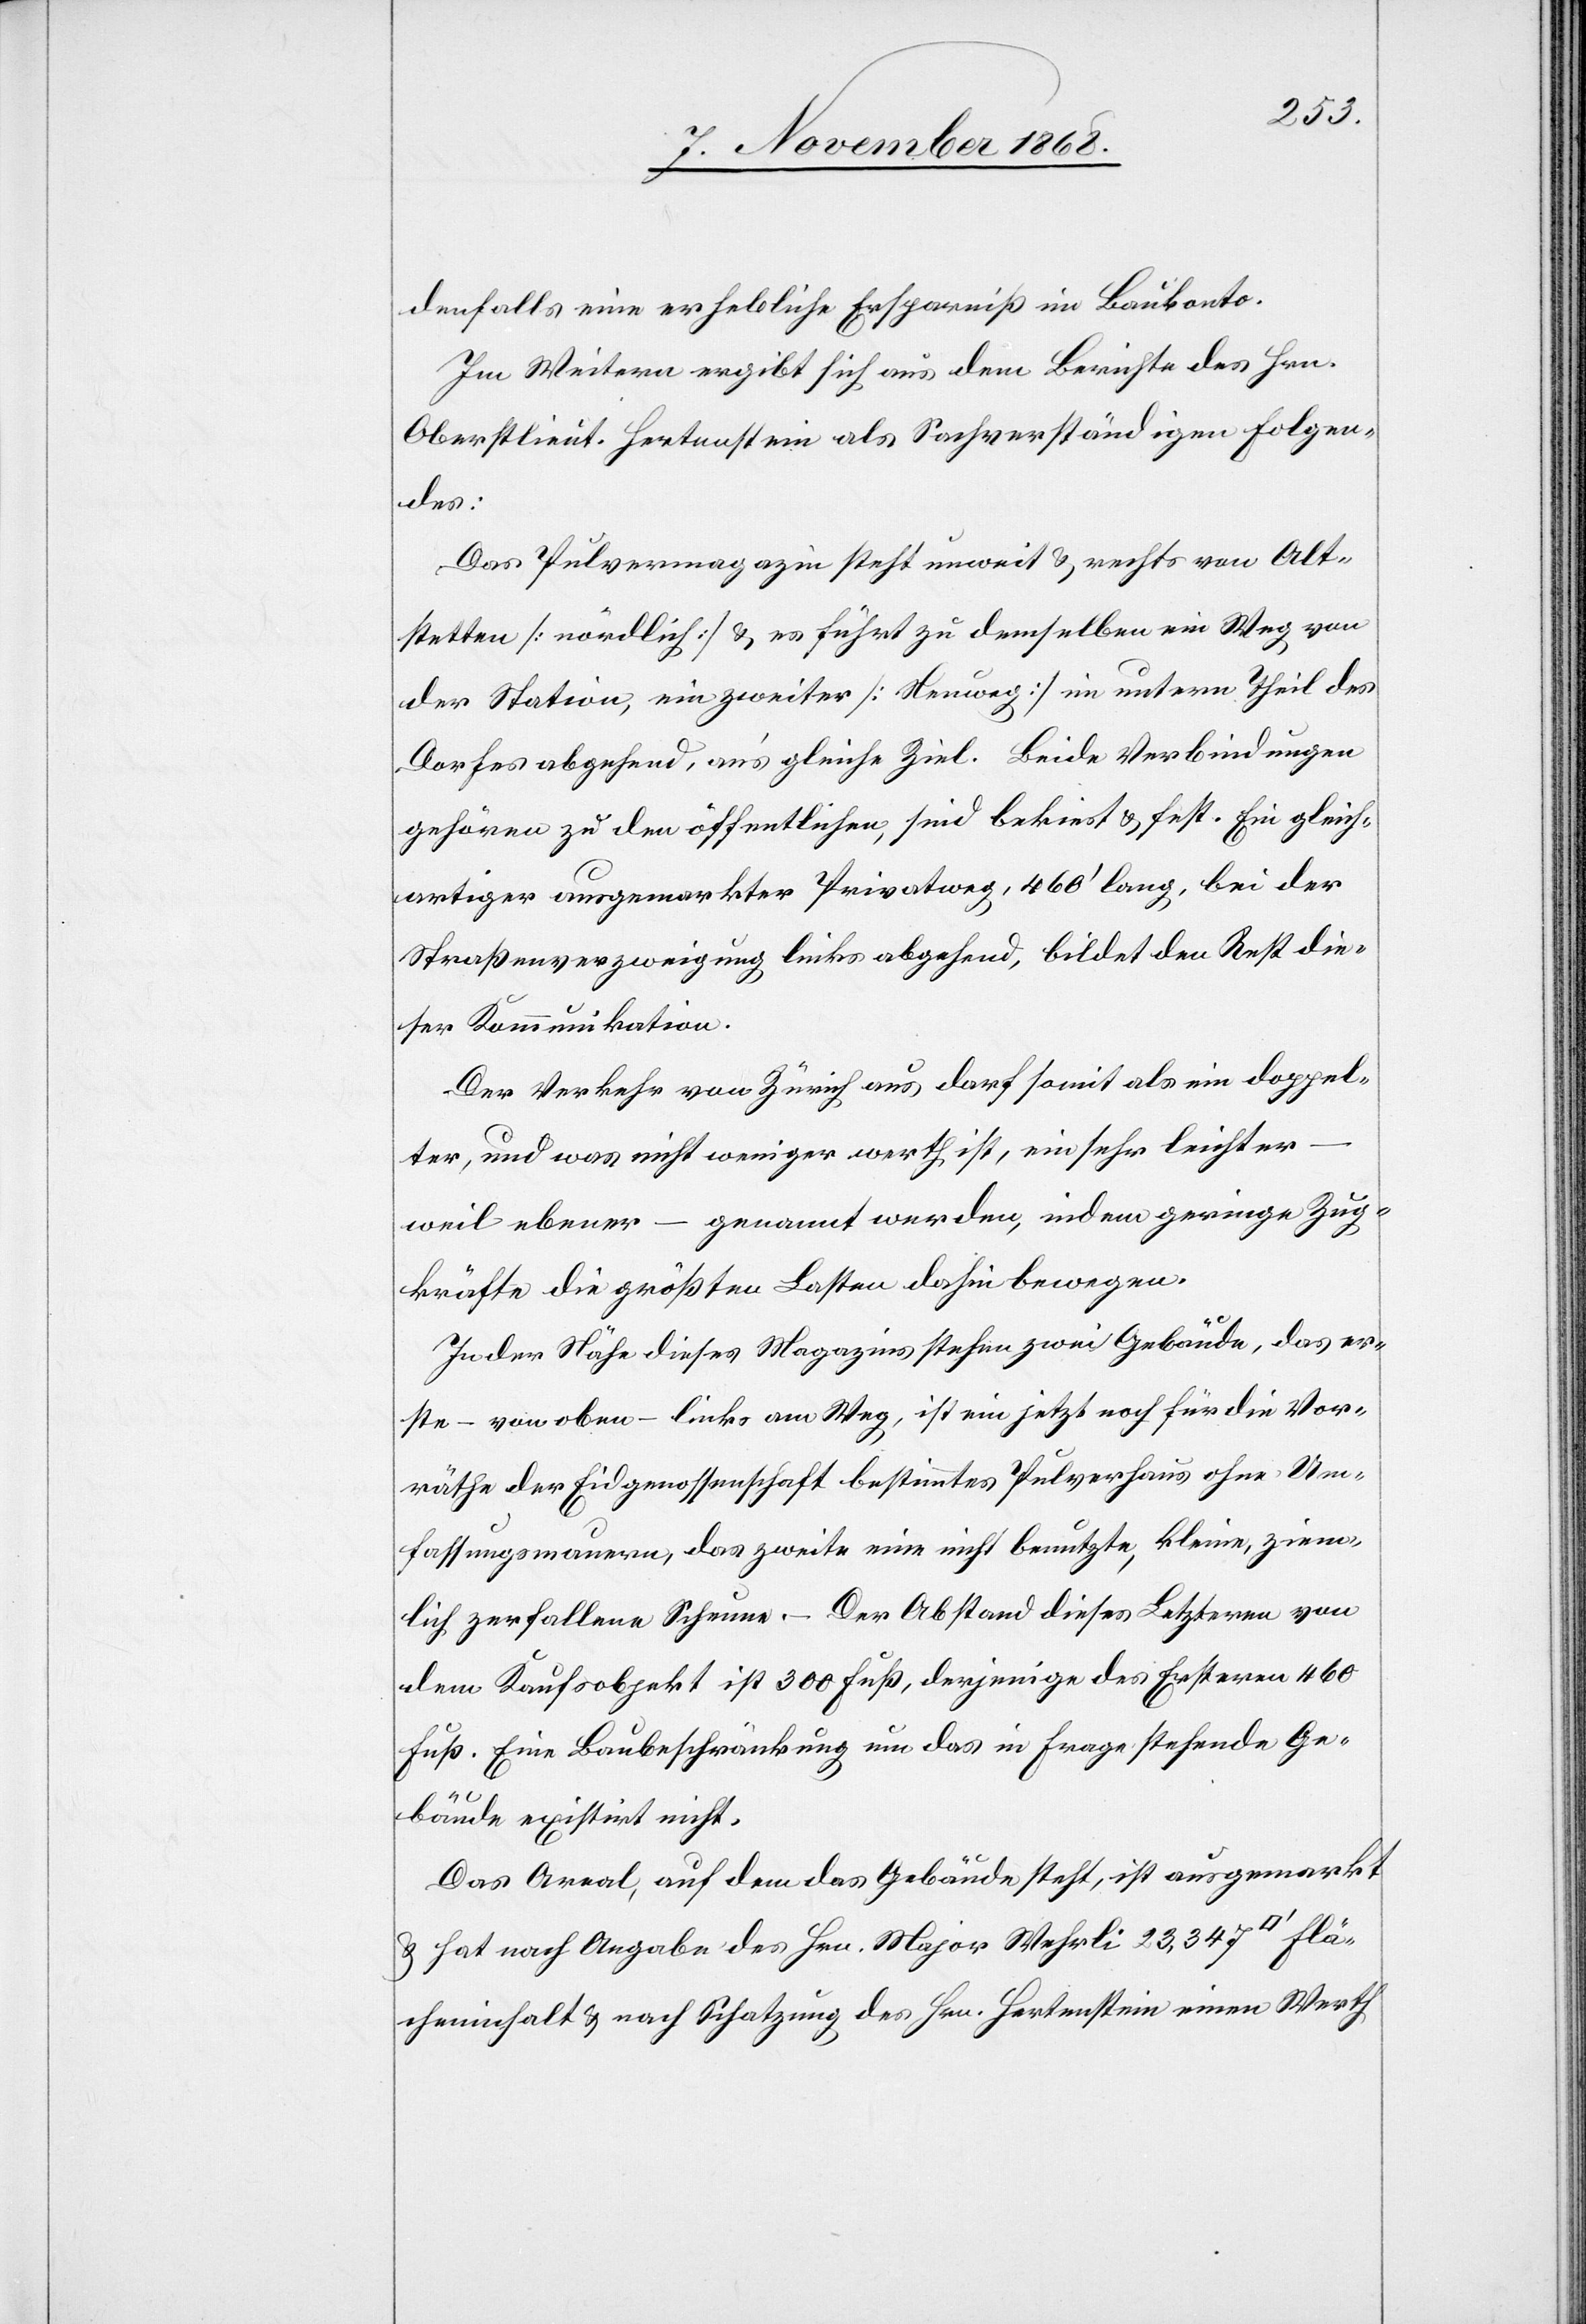
Flä¬
denfalls eine erhebliche Ersparniß im Baukonto.
Im Weitern ergibt sich aus dem Berichte des Hrn.
Oberstlieut. Hertenstein als Sachverständigen Folgen¬
des:
Das Pulvermagazin steht unweit & rechts von Alt¬
stetten [nördlich] & es führt zu demselben ein Weg von
der Station, ein zweiter [Neuweg] im untern Theil des
Dorfes abgehend, an’s gleiche Ziel. Beide Verbindungen
gehören zu den öffentlichen, sind bekiest & fest. Ein gleich¬
artiger ausgemarkter Privatweg, 460‘ lang, bei der
Straßenverzweigung links abgehend, bildet den Rest die¬
ser Kommunikation.
Der Verkehr von Zürich aus darf somit als ein doppel¬
ter, und was nicht weniger werth ist, ein sehr leichter
weil ebener – genannt werden, indem geringe Zug¬
kräfte die größten Lasten dahin bewegen.
In der Nähe dieses Magazins stehen zwei Gebäude, das er¬
ste – von oben – links am Weg, ist ein jetzt noch für die Vor¬
räthe der Eidgenossenschaft bestimmtes Pulverhaus ohne Um¬
fassungsmauern, das zweite eine nicht benutzte, kleine, ziem¬
lich zerfallene Scheune. – Der Abstand dieses Letzteren von
dem Kaufsobjekt ist 300 Fuß, derjenige des Ersteren 460
Fuß. Eine Baubeschränkung um das in Frage stehende Ge¬
bäude existirt nicht.
Das Areal, auf dem das Gebäude steht, ist ausgemarkt
& hat nach Angabe des Hrn. Major Wehrli 23,347 [Quadratfuß]
cheninhalt & nach Schatzung des Hrn. Hertenstein einen Werth